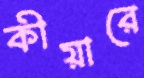
কীয়ারে